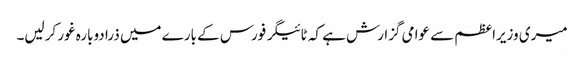
میری وزیراعظم سے عوامی گزارش ہے کہ ٹائیگر فورس کے بارے میں ذرا دوبارہ غور کرلیں۔